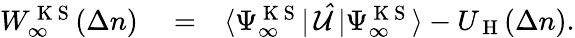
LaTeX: \begin{array}{rlr}{W_{\infty}^{\mathrm{~K~S~}}(\Delta n)}&{{}=}&{\langle\Psi_{\infty}^{\mathrm{~K~S~}}|\, \mathcal{\hat{U}\, }|\Psi_{\infty}^{\mathrm{~K~S~}}\rangle-U_{\mathrm{~H~}}(\Delta n).}\end{array}